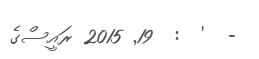
-  '  :  19